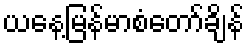
ယနေ့မြန်မာစံတော်ချိန်